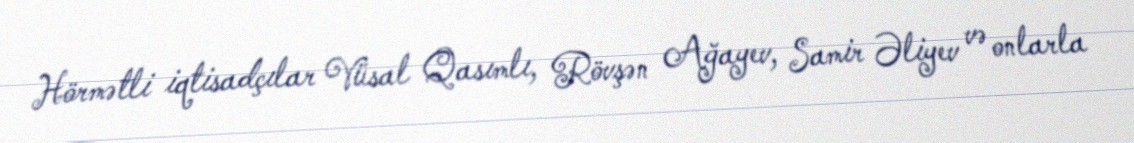
Hörmətli iqtisadçılar Vüsal Qasımlı, Rövşən Ağayev, Samir Əliyev və onlarla